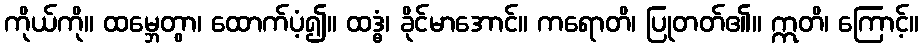
ကိုယ်ကို။ ထမ္ဘေတွာ၊ ထောက်ပံ့၍။ ထဒ္ဓံ၊ ခိုင်မာအောင်။ ကရောတိ၊ ပြုတတ်၏။ ဣတိ၊ ကြောင့်။